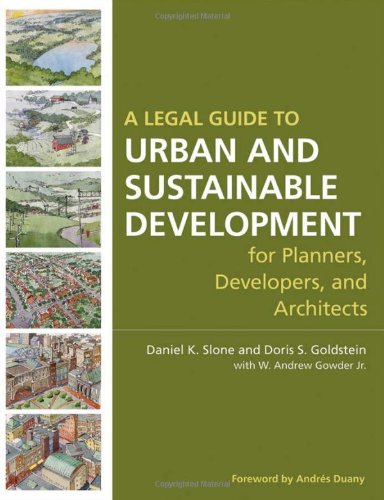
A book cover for A Legal Guide to Urban and Sustainable Development for Planners, Developers and Architects; Daniel K. Slone; Law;